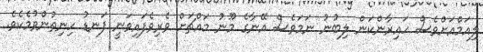
ލިއަމްއަށްވެސް ހައިރާންކަން ލިބުނު ނަމަވެސް އޭނާގެ މޫނު މައްޗަށް ވެރިވެފައިވަނީ ފަނޑު ހިނިތުންވުމެކެވެ.